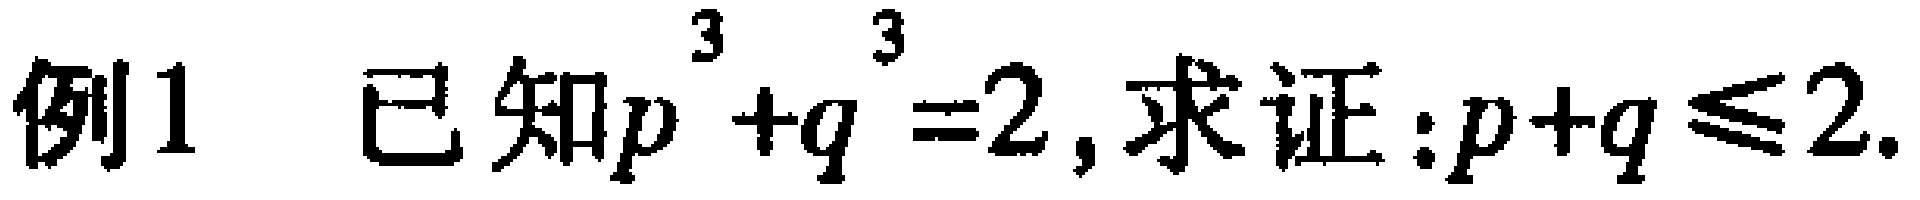
例1 已知\(p^{3}+q^{3}=2\), 求证:\(p + q\leqslant2\).